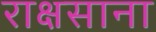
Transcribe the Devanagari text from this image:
राक्षसाना